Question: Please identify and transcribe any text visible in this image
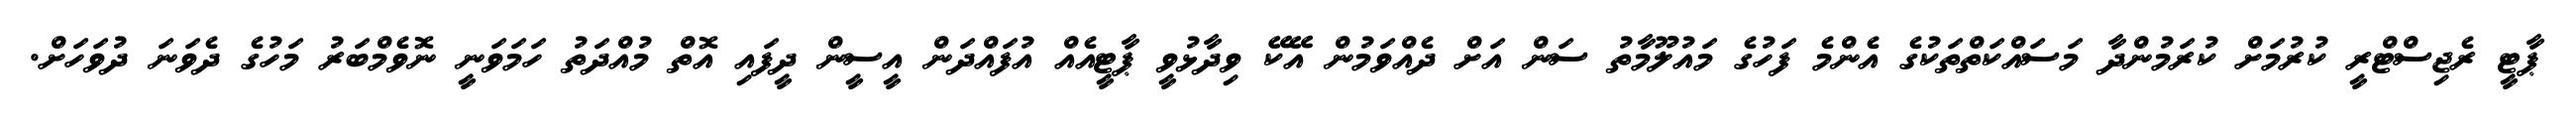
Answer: ޕާޓީ ރެޖިސްޓްރީ ކުރުމަށް ކުރަމުންދާ މަސައްކަތްތަކުގެ އެންމެ ފަހުގެ މައުލޫމާތު ސަން އަށް ދެއްވަމުން އޭކޭ ވިދާޅުވީ ޕާޓީއެއް އުފައްދަން އީސީން ދީފައި އޮތް މުއްދަތު ހަމަވަނީ ނޮވެމްބަރު މަހުގެ ދެވަނަ ދުވަހަށް.